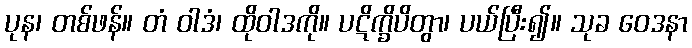
ပုန၊ တစ်ဖန်။ တံ ဝါဒံ၊ ထိုဝါဒကို။ ပဋိက္ခိပိတွာ၊ ပယ်ပြီး၍။ သုခ ဝေဒနာ